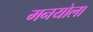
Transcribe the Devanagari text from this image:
मनयोला